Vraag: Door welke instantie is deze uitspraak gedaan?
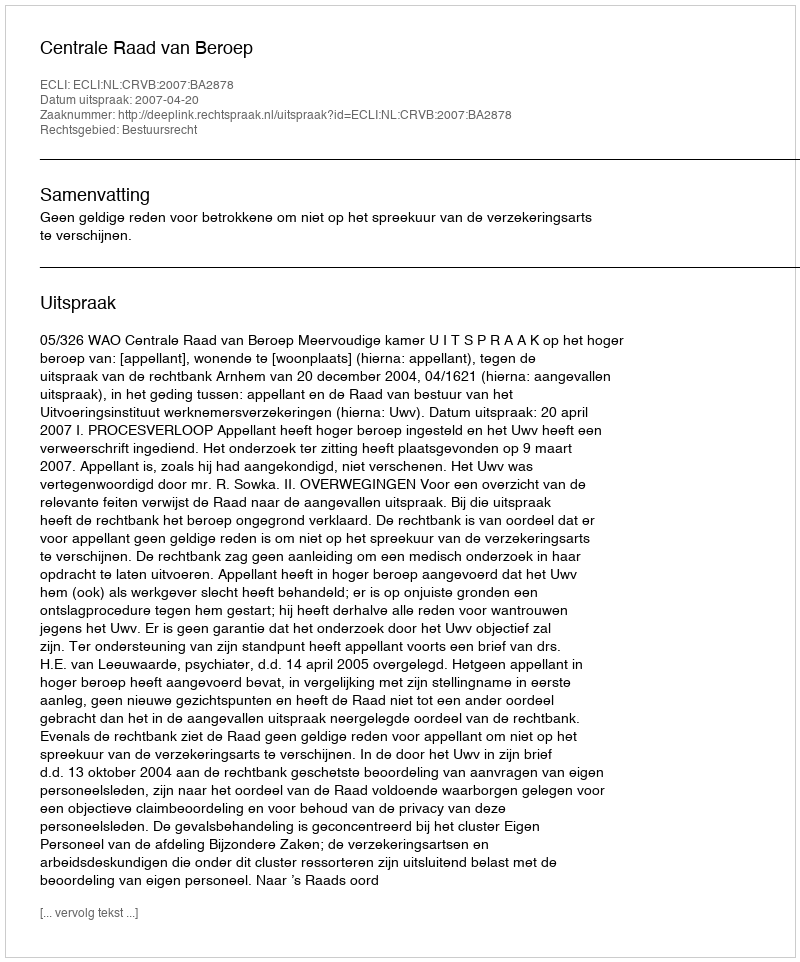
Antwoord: Centrale Raad van Beroep